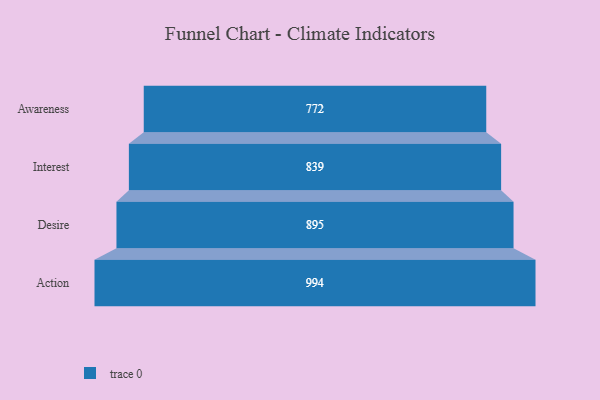
{"axis": {"x": "Stage", "y": "Value"}, "legend": [""], "data": [{"x": "Awareness", "y": 772.0, "type": ""}, {"x": "Interest", "y": 839.0, "type": ""}, {"x": "Desire", "y": 895.0, "type": ""}, {"x": "Action", "y": 994.0, "type": ""}]}